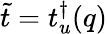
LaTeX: \widetilde t=t_{u}^{\dagger}(q)